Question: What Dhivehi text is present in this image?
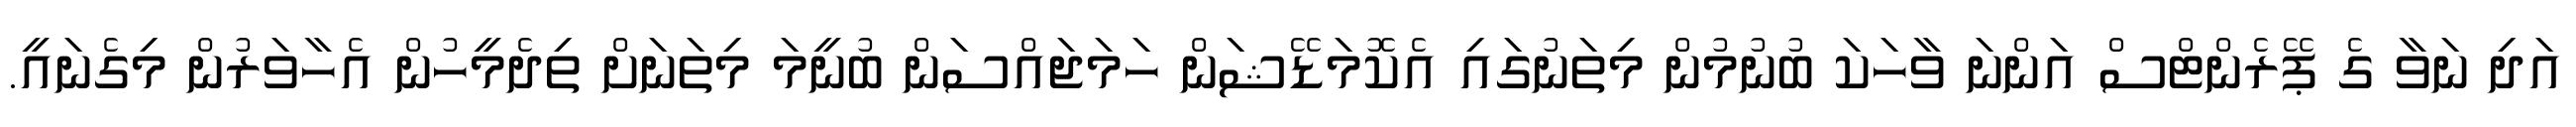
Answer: އަދި ނަވާ ގެ ޕޭރެންޓްސް އަންނަ ވާހަކަ ބުނުމުން މިތަނުގައި އެކޮމަޑޭޝަން ހަމަޖައްސަން ބުނީމަ މިތަނަށް ތިދެމީހުން އެހާވަރުން މިގެނައީ.